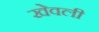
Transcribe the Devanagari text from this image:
खेवली